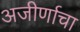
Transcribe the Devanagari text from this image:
अजीर्णाचा